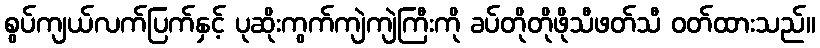
စွပ်ကျယ်လက်ပြက်နှင့် ပုဆိုးကွက်ကျဲကျဲကြီးကို ခပ်တိုတိုဖိုသီဖတ်သီ ဝတ်ထားသည်။